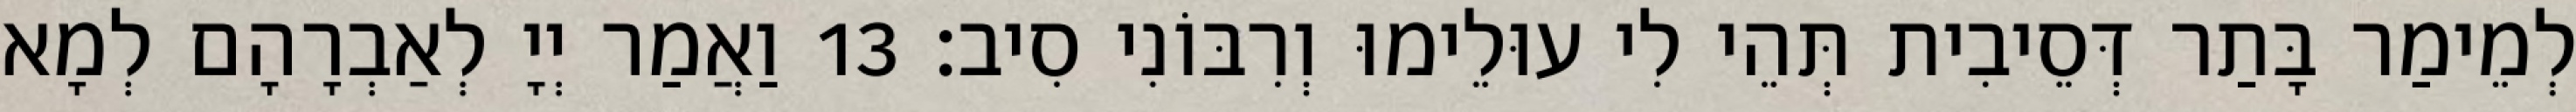
לְמֵימַר בָּתַר דְּסֵיבִית תְּהֵי לִי עוּלֵימוּ וְרִבּוֹנִי סִיב׃ 13 וַאֲמַר יְיָ לְאַבְרָהָם לְמָא